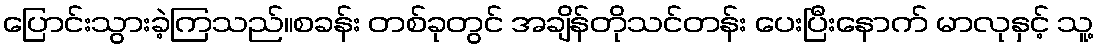
ပြောင်းသွားခဲ့ကြသည်။စခန်း တစ်ခုတွင် အချိန်တိုသင်တန်း ပေးပြီးနောက် မာလုနှင့် သူ့